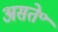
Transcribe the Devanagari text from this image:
असते॰